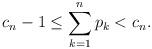
LaTeX: \begin{align*}c_n-1\le\sum_{k=1}^np_k<c_n.\end{align*}